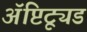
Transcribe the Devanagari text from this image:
ॲप्टिट्यूड